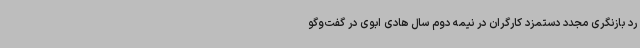
رد بازنگری مجدد دستمزد کارگران در نیمه دوم سال هادی ابوی در گفت‌وگو